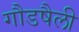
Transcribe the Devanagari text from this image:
गौडषैली